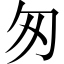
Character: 匆